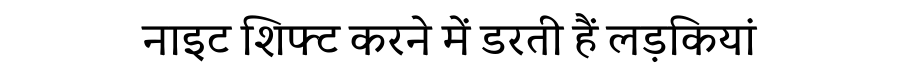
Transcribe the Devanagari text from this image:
नाइट शिफ्ट करने में डरती हैं लड़कियां